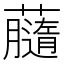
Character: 𧃚